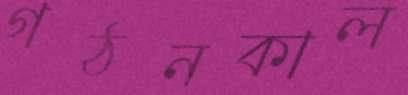
গঠনকাল